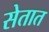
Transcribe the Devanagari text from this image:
सेतात